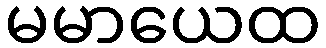
မမာယေထ